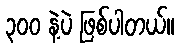
၃၀၀ နဲ့ပဲ ဖြစ်ပါတယ်။